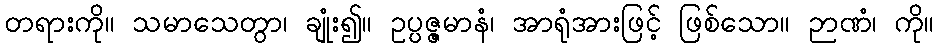
တရားကို။ သမာသေတွာ၊ ချုံး၍။ ဥပ္ပဇ္ဇမာနံ၊ အာရုံအားဖြင့် ဖြစ်သော။ ဉာဏံ၊ ကို။